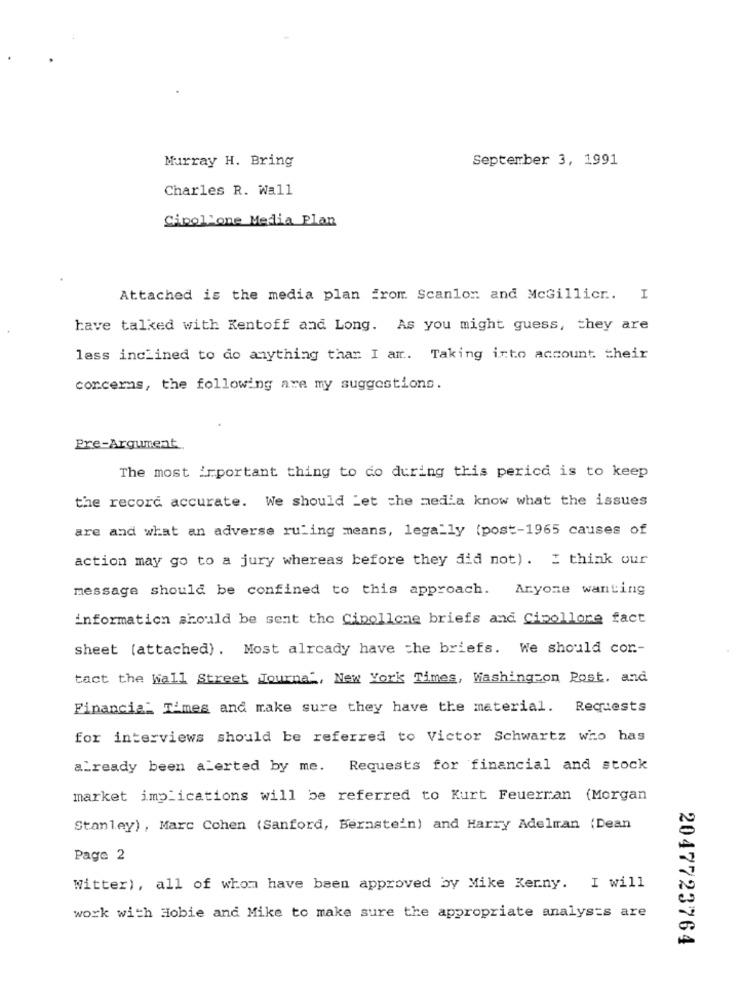
Murray H. Bring
September 3, 1991
Charles R. Wall
Cipollone Media Plan
Attached is the media plan from Scanlon and McGillicr. I
have talked with Kentoff and Long. As you might guess, they are
less inclined to do anything thar I am. Taking into account their
concerns, the following are my suggestions.
Pre-Argument
The most important thing to do during this pericd is to keep
the record accurate. We should Let che media know what the issues
are and what an adverse ruling means, legally (post-1965 causes of
action may go to a jury whereas before they did not) . I think our
message should be confined to this approach. Aryone wanting
information should be sent the Cipollone briefs and Cipollore fact
sheet (attached) . Most already have che briefs. We should con-
tact the Wall Street Journal, New York Times, Washington Post. and
Financial Times and make sure they have the material. Requests
for interviews should be referred to Victor Schwartz who has
already been alerted by me.
Requests for financial and stock
market implications will be referred to Kurt Feuerran (Morgan
Stanley) , Marc Cohen (Sanford, Bernstein) and Harry Adelman (Dean
Page 2
Witter), all of whom have been approved by Mike Kerny. I will
work with Hobie and Mike to make sure the appropriate analys=s are
2047723764